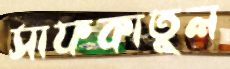
সাফকাতুল